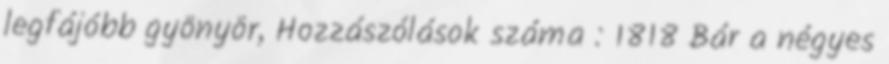
legfájóbb gyönyör, Hozzászólások száma : 1818 Bár a négyes